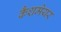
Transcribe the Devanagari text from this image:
कैशमेयर